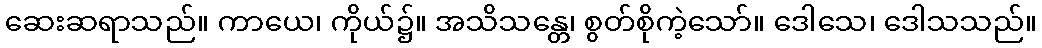
ဆေးဆရာသည်။ ကာယေ၊ ကိုယ်၌။ အသိသန္တေ၊ စွတ်စိုကဲ့သော်။ ဒေါသေ၊ ဒေါသသည်။